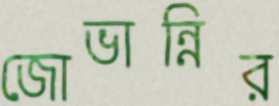
জোভান্নির